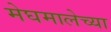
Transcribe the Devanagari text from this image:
मेघमालेच्या